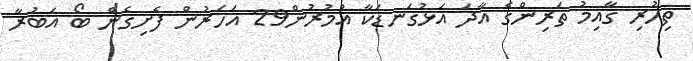
ތިހުރި ގާއިމު ތަރިންގެ އާދަ އަޅުގަނޑަކާާ އުމުރުން29 އަހަރުން ފެށިގެން ބޯ އަބުރާ